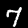
Digit: 7